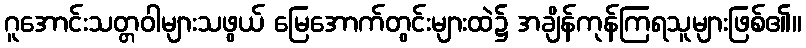
ဂူအောင်းသတ္တဝါများသဖွယ် မြေအောက်တွင်းများထဲ၌ အချိန်ကုန်ကြရသူများဖြစ်၏။